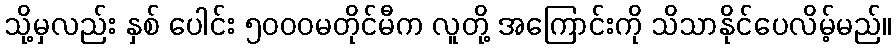
သို့မှလည်း နှစ် ပေါင်း ၅၀၀၀မတိုင်မီက လူတို့ အကြောင်းကို သိသာနိုင်ပေလိမ့်မည်။